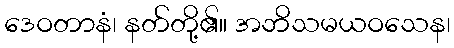
ဒေဝတာနံ၊ နတ်တို့၏။ အဘိသမယဝသေန၊